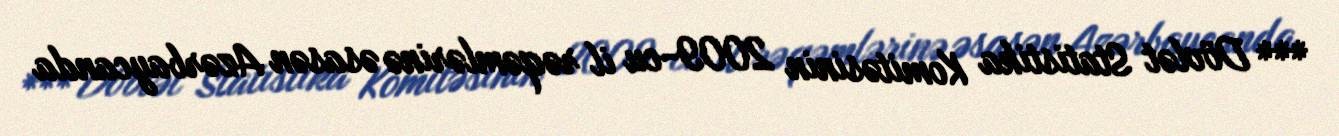
*** Dövlət Statistika Komitəsinin 2009-cu il rəqəmlərinə əsasən Azərbaycanda